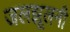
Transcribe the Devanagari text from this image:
जलझूलनी